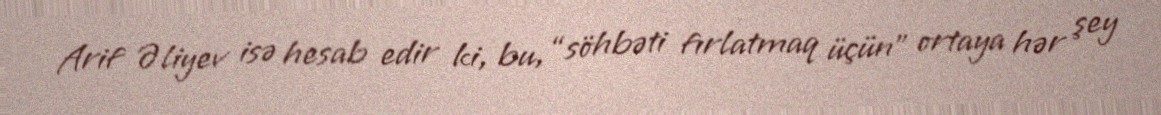
Arif Əliyev isə hesab edir ki, bu, “söhbəti fırlatmaq üçün” ortaya hər şey